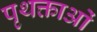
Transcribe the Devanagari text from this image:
पृथक्ताओं